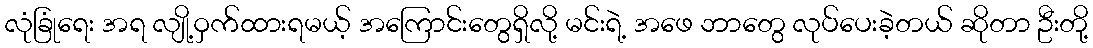
လုံခြုံရေး အရ လျို့ဝှက်ထားရမယ့် အကြောင်းတွေရှိလို့ မင်းရဲ့ အဖေ ဘာတွေ လုပ်ပေးခဲ့တယ် ဆိုတာ ဦးတို့